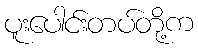
ပူးပေါင်းတပ်တို့က